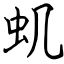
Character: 虮